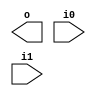
module tkg_and2 (output o, input i0, i1);
	// and2 i0 (o, i0, i1);
endmodule